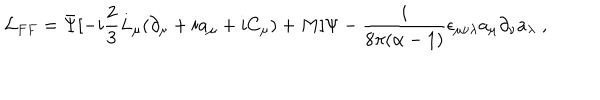
LaTeX: { \cal L } _ { F F } = \bar { \Psi } [ - i \frac { 2 } { 3 } L _ { \mu } ( \partial _ { \mu } + i a _ { \mu } + i C _ { \mu } ) + M ] \Psi - \frac { i } { 8 \pi ( \alpha - 1 ) } \epsilon _ { \mu \nu \lambda } a _ { \mu } \partial _ { \nu } a _ { \lambda } \; ,